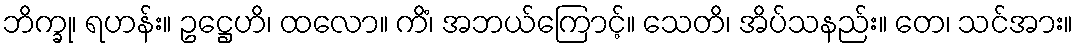
ဘိက္ခု၊ ရဟန်း။ ဥဋ္ဌေဟိ၊ ထလော။ ကိံ၊ အဘယ်ကြောင့်။ သေတိ၊ အိပ်သနည်း။ တေ၊ သင်အား။